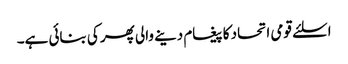
اسلئے قومی اتحاد کا پیغام دینے والی پھر کی بنائی ہے۔